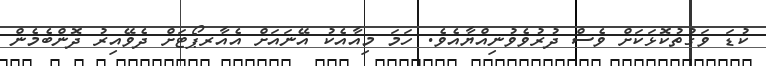
ކުޑަ ވަގުތުކޮޅަކަށް ވެސް ދުރުވެވުނިއްޔާއެވެ. ހަމަ މިއާއެކު އޭނައަށް އެއާރޕޯޓަށް ދެވޭއިރު ދޮންބެމެން